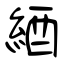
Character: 綇